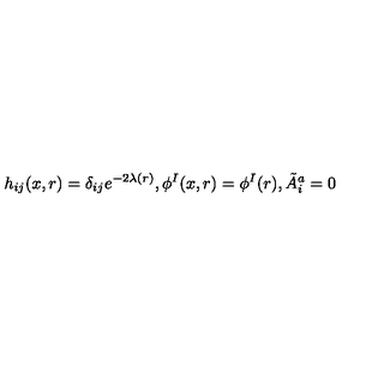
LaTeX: h _ { i j } ( x , r ) = \delta _ { i j } e ^ { - 2 \lambda ( r ) } , \phi ^ { I } ( x , r ) = \phi ^ { I } ( r ) , \tilde { A } _ { i } ^ { a } = 0